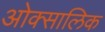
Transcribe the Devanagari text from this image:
ओक्सालिक